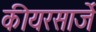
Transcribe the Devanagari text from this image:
कीयरसार्जे